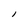
Character: l